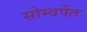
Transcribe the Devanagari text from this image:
सोम्वर्पेत